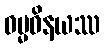
ဓမ္မဝိနယဿ